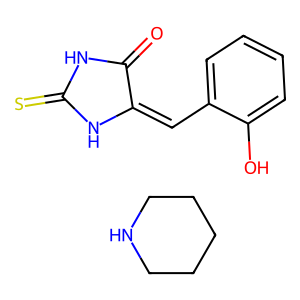
SMILES: C1CCNCC1.O=C1NC(=S)NC1=Cc1ccccc1O
Inhibits HIV replication: No